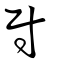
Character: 尉